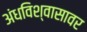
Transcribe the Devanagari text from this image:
अंधविश्वासावर